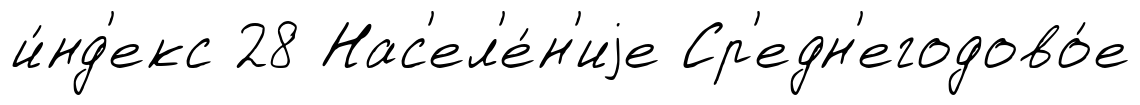
и́нд'екс 28 Нас'ел'е́н'иjе Ср'едн'егодово́е